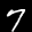
Label: 7